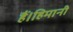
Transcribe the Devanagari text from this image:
हैं।हिमानी